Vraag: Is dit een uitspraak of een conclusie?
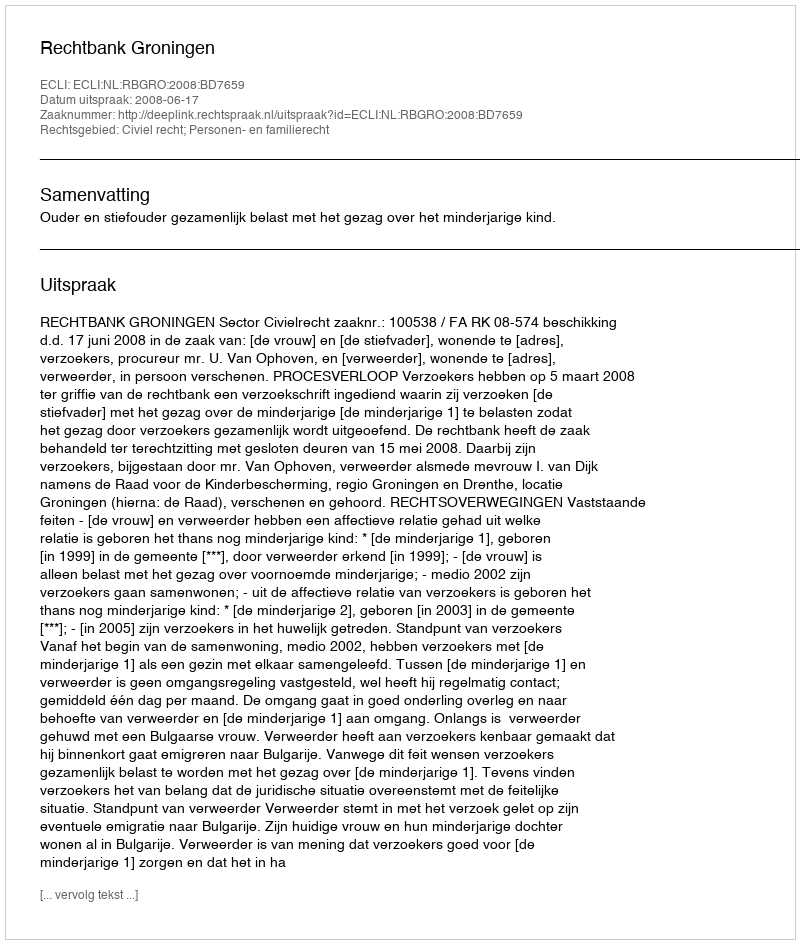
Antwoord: Uitspraak